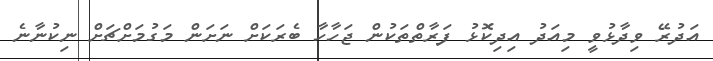
އަދުރޭ ވިދާޅުވީ މިއަދު އިދިކޮޅު ފަރާތްތަކުން ޖަހާހާ ބެރަކަށް ނަށަން މަގުމަށްޗަށް ނިކުނާނެ